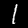
Digit: 1